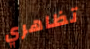
تظاهري